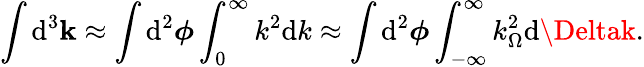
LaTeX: \int\mathrm{d}^{3}\mathbf{{k}}\approx\int\mathrm{d}^{2}\boldsymbol{\phi}\int_{0}^{\infty}k^{2}\mathrm{d}k\approx\int\mathrm{d}^{2}\boldsymbol{\phi}\int_{-\infty}^{\infty}k_{\Omega}^{2}\mathrm{d}\Deltak.